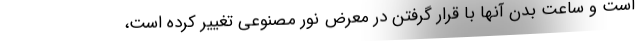
است و ساعت بدن آنها با قرار گرفتن در معرض نور مصنوعی تغییر کرده است،